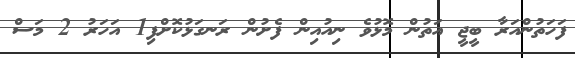
ފަހަތުންއަރާ ބީޖީ އަތުން މޮޅުވެ ނިއުއިން ފެށުން ރަނގަޅުކޮށްފި1 އަހަރު 2 މަސް